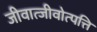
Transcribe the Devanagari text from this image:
जीवात्जीवोत्पत्ति